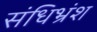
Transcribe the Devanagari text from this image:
संधिभ्रंश